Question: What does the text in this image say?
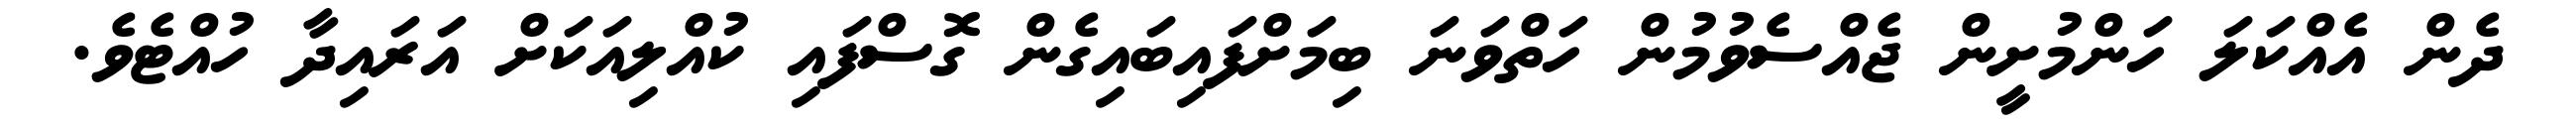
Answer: ދެން އެއްކަލަ ހަންމުށީން ޖެއްސެވުމުން ހަތްވަނަ ބިމަށްފައިބައިގެން ގޮސްފައި ކުއްލިއަކަށް އަރައިދާ ހުއްޓެވެ.